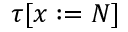
\tau [ x : = N ]